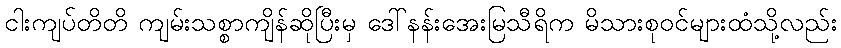
ငါးကျပ်တိတိ ကျမ်းသစ္စာကျိန်ဆိုပြီးမှ ဒေါ်နန်းအေးမြသီရိက မိသားစုဝင်များထံသို့လည်း